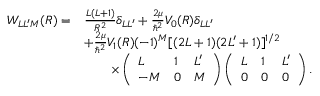
\begin{array} { r l } { W _ { L L ^ { \prime } M } ( R ) = } & { \frac { L ( L + 1 ) } { R ^ { 2 } } \delta _ { L L ^ { \prime } } + \frac { 2 \mu } { \hbar ^ { 2 } } V _ { 0 } ( R ) \delta _ { L L ^ { \prime } } } \\ & { + \frac { 2 \mu } { \hbar ^ { 2 } } V _ { 1 } ( R ) ( - 1 ) ^ { M } [ ( 2 L + 1 ) ( 2 L ^ { \prime } + 1 ) ] ^ { 1 / 2 } } \\ & { \qquad \times \left( \begin{array} { l l l } { L } & { 1 } & { L ^ { \prime } } \\ { - M } & { 0 } & { M } \end{array} \right) \left( \begin{array} { l l l } { L } & { 1 } & { L ^ { \prime } } \\ { 0 } & { 0 } & { 0 } \end{array} \right) . } \end{array}